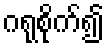
ဂရုစိုက်၍